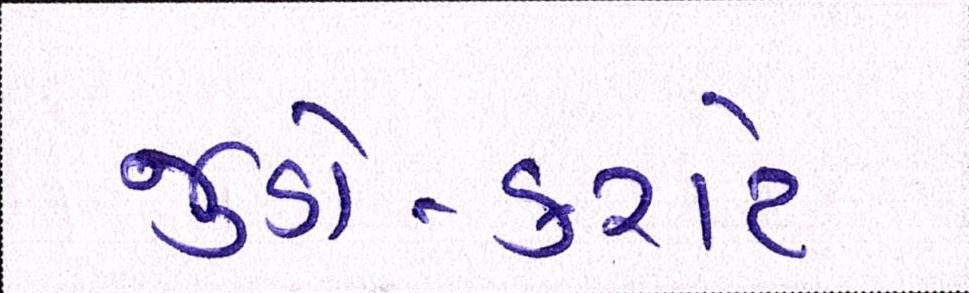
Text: જુડો-કરાટે